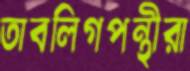
তাবলিগপন্থীরা